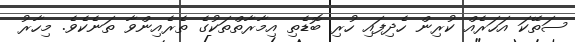
ސަތޭކަ އަހަރެއް ކުރިން ހެދިފައި ހުރި ބޮޑެތި އިމާރާތްތަކުގެ ތެރެއިންވާ ތަނެކެވެ. މިހާރު